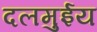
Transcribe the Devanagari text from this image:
दलमुईय